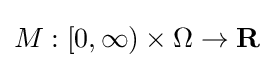
M:[0,\infty )\times \Omega \to \mathbf {R}